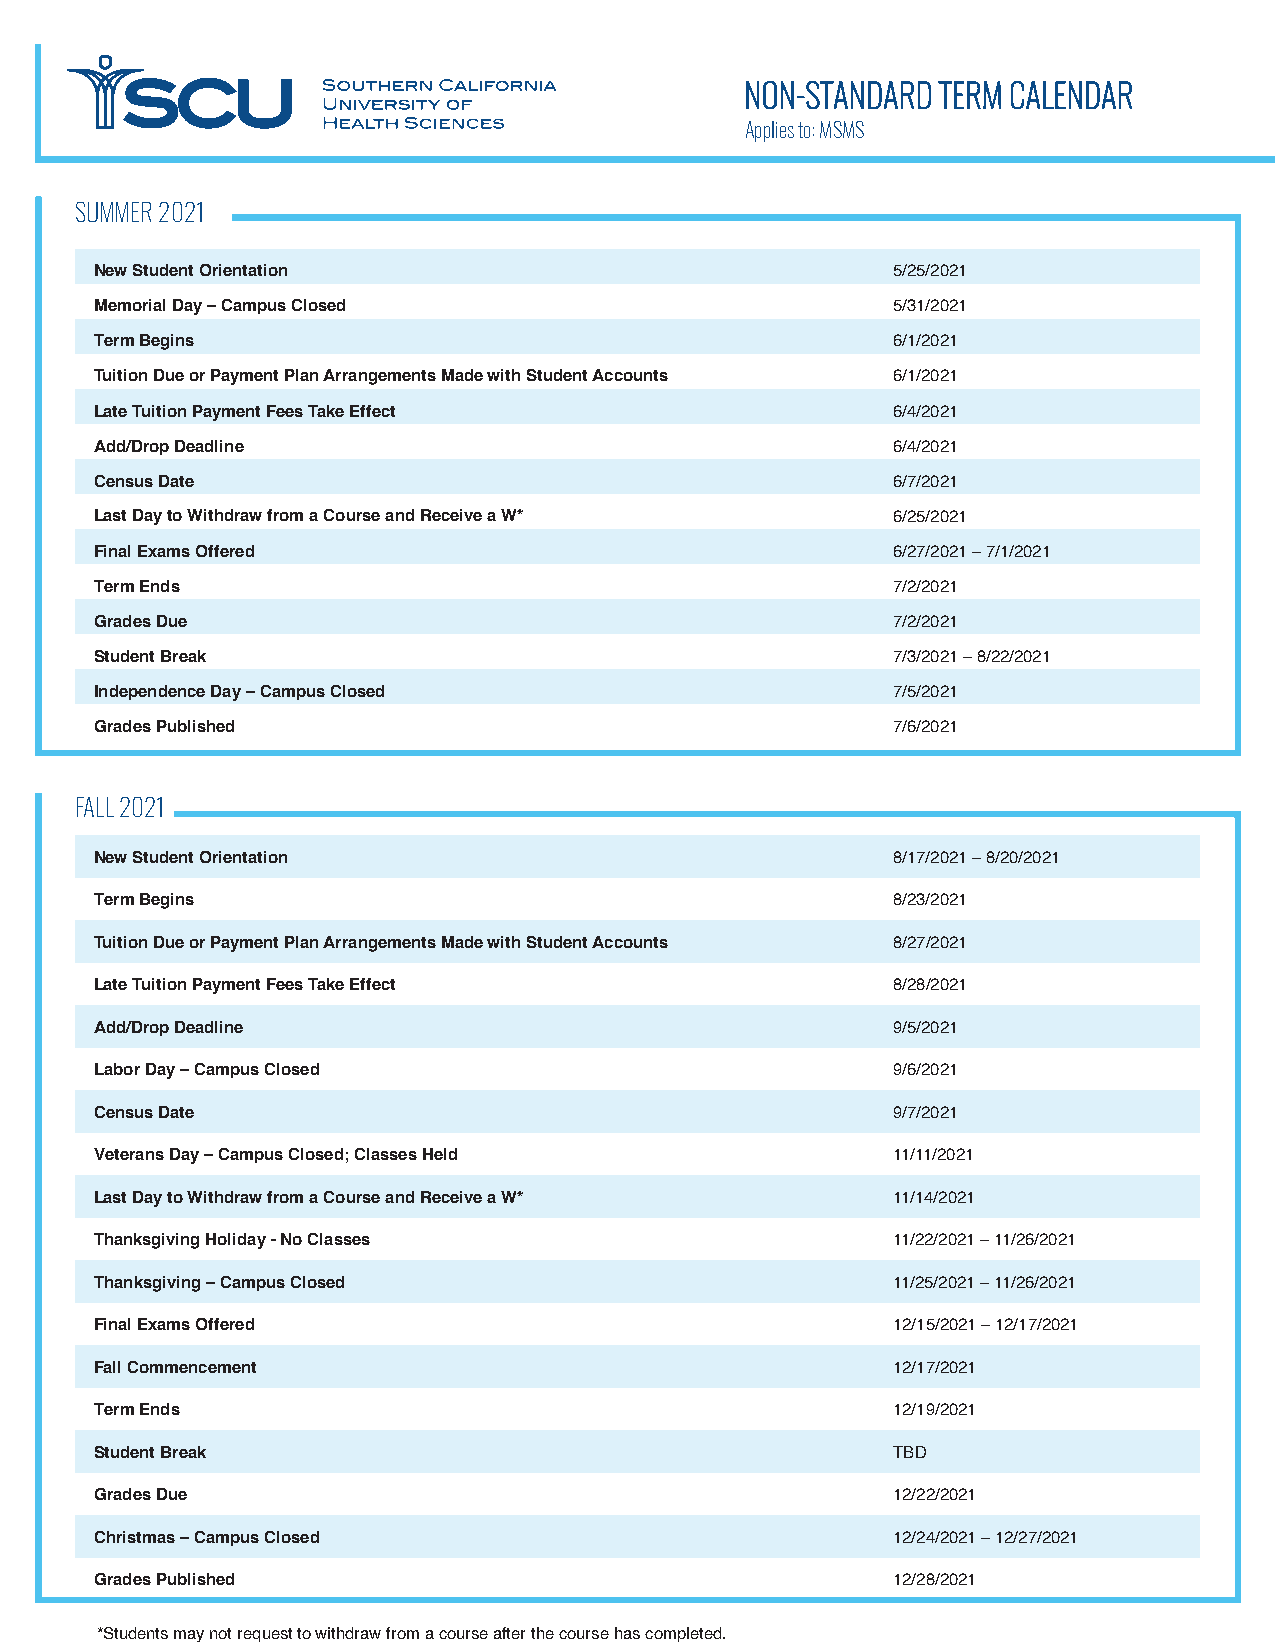
NON-STANDARD TERM CALENDAR
 Applies to: MSMS
 SUMMER 2021
 New Student Orientation                              5/25/2021
 Memorial Day – Campus Closed                         5/31/2021
 Term Begins                                          6/1/2021
 Tuition Due or Payment Plan Arrangements Made with Student Accounts 6/1/2021
 Late Tuition Payment Fees Take Effect                6/4/2021
 Add/Drop Deadline                                    6/4/2021
 Census Date                                          6/7/2021
 Last Day to Withdraw from a Course and Receive a W*  6/25/2021
 Final Exams Offered                                  6/27/2021 – 7/1/2021
 Term Ends                                            7/2/2021
 Grades Due                                           7/2/2021
 Student Break                                        7/3/2021 – 8/22/2021
 Independence Day – Campus Closed                     7/5/2021
 Grades Published                                     7/6/2021
 FALL 2021
 New Student Orientation                              8/17/2021 – 8/20/2021
 Term Begins                                          8/23/2021
 Tuition Due or Payment Plan Arrangements Made with Student Accounts 8/27/2021
 Late Tuition Payment Fees Take Effect                8/28/2021
 Add/Drop Deadline                                    9/5/2021
 Labor Day – Campus Closed                            9/6/2021
 Census Date                                          9/7/2021
 Veterans Day – Campus Closed; Classes Held           11/11/2021
 Last Day to Withdraw from a Course and Receive a W*  11/14/2021
 Thanksgiving Holiday - No Classes                    11/22/2021 – 11/26/2021
 Thanksgiving – Campus Closed                         11/25/2021 – 11/26/2021
 Final Exams Offered                                  12/15/2021 – 12/17/2021
 Fall Commencement                                    12/17/2021
 Term Ends                                            12/19/2021
 Student Break                                        TBD
 Grades Due                                           12/22/2021
 Christmas – Campus Closed                            12/24/2021 – 12/27/2021
 Grades Published                                     12/28/2021
 *Students may not request to withdraw from a course after the course has completed.